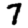
Digit: 7